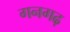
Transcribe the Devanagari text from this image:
गनगढ़